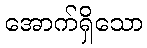
အောက်ရှိသော